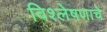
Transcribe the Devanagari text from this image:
विश्‍लेषणाचे